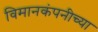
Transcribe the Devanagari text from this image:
विमानकंपनीच्या